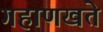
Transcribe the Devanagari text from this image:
गहाणखते